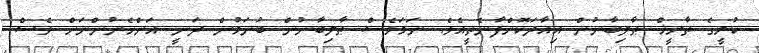
ކުރީގެ ތާރީޚް ޠާލިބާނުން އިއާދަކޮށްފާނެތީއެވެ. ނަމަވެސް ޠާލިބާނުން ބުނަމުން ދަނީ އަންހެނުންނަށް ވެސް